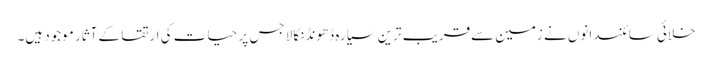
خلائی سائنسدانوں نے زمین سےقریب ترین سیارہ ڈھونڈنکالا جس پر حیات کی ارتقا کے آثار موجود ہیں۔